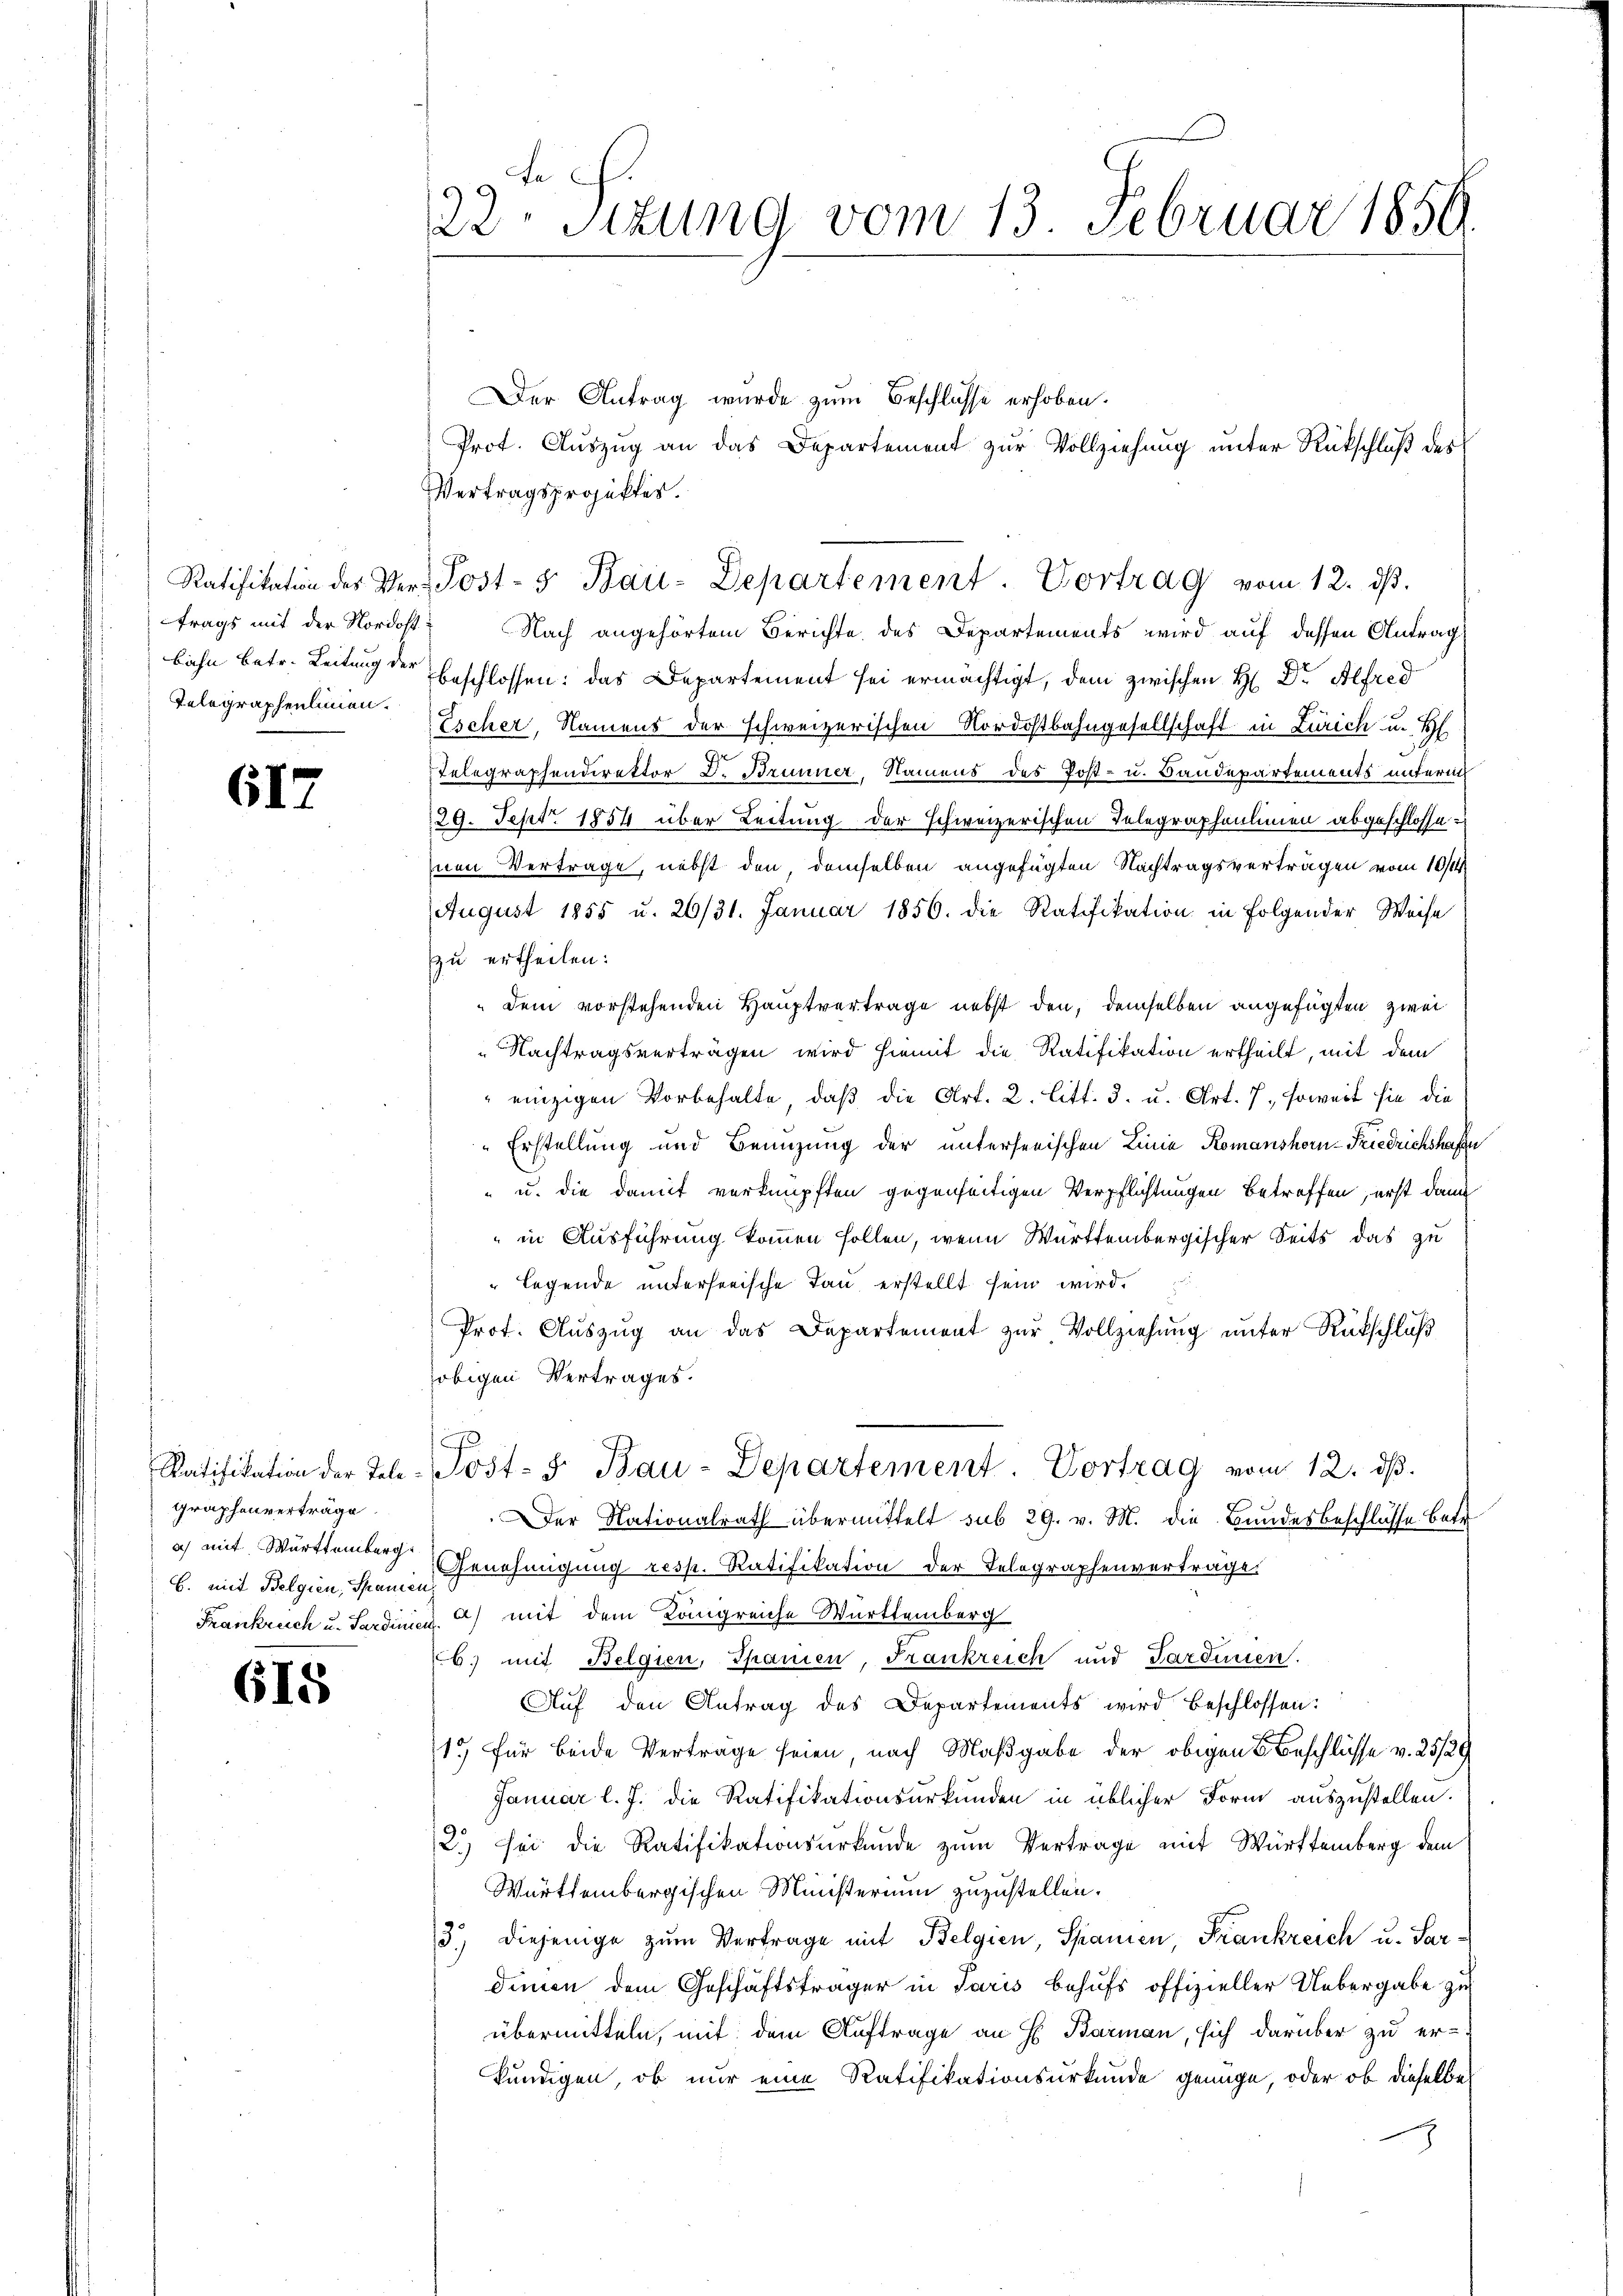
trags mit der Nordostbahn betr. Leitung der
Telegraphenlinien.

617

Graphenverträge
a) mit Württemberg.
B. mit Belgien, Spanien
Frankruch u. Sardinien

615

t
22. Situng vom 13. Februar 1859.

Vertragsprojektes.
Nach angehörtem Berichte des Departements wird auf dessen Antrag
beschlossen: das Departement sei ermächtigt, dem zwischen H. Dr Alfred
Escher, Namens der schweizerischen Nordostbahngesellschaft in Zürich u. H
Telegraphendirektor D. Brunner, Namens des Post- u. Baudepartements unterm
129. Sept. 1854 über Leitung der schweizerischen Telegraphenlinien abgeschlosse
nen Vertrage, nebst den, demselben angefügten Nachtragsvertragen vom 10t
August 1855 u. 26/31. Januar 1856. die Ratifikation in Folgender Weise
zu ertheilen:
dem vorstehenden Hauptvertrage nebst den, demselben angefügten zwei
Nachtragsverträgen wird hiemit die Ratifikation ertheilt, mit dem
" einzigen Vorbehalte, daβ die Art. 2. Litt. d. u. Art. 7, soweit sie die
"Erstellung und Benuzung der unterseeischen Linie Romanshorn-Friedrichshafte
" u. die damit verknüpften gegenseitigen Verpflichtungen betreffen, erst dann
" in Ausführung kommen sollen, wenn Württembergischer Seits das zu
legende unterseeische Tau erstellt sein wird.
Prof. Auszug an das Departement zur Vollziehung unter Rückschluß
obigen Vertrages.
Ratifikation der Tele-Post- & Bau-Departement. Vortrag vom 12. dβ.
Der Nationalrath übermittelt sub 29. v. M. die Bundesbeschlüsse betr.
Genehmigung resp. Ratifikation der Telegraphenverträge.
a) mit dem Königreiche Württemberg
6. mit Belgien, Spanien, Frankreich und Sardinien.
Aŭf den Antrag des Departements wird beschlossen:
15) für beide Verträge seien, nach Maßgabe der obigen Beschlüsse v. 25/29
Januar l. J. die Ratifikationsurkunden in üblicher Form auszustellen.
2) sei die Ratifikationsurkunde zum Vertrage mit Württemberg dem
Württembergischen Ministerium zuzustellen.
3.) Diejenige zŭm Vertrage mit Belgien, Spanien Frankreich u. Sardinien dem Geschäftsträger in Paris behufs offizieller Uebergabe zu
übermitteln, mit dem Auftrage an H. Barmann, sich darüber zu er-
kundigen, ob nur eine Ratifikationsurkunde genüge, oder ob dieselbe
h

Der Antrag wurde zum Beschlüsse erhoben.
Ratifikation des Ver-Post-5 Bau-Departement. Vortrag vom 12. ds.

Prot. Auszug an das Departement zur Vollziehung unter Rückschluß des